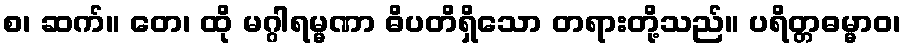
စ၊ ဆက်။ တေ၊ ထို မဂ္ဂါရမ္မဏာ ဓိပတိရှိသော တရားတို့သည်။ ပရိတ္တဓမ္မာဝ၊